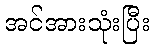
အင်အားသုံးပြီး